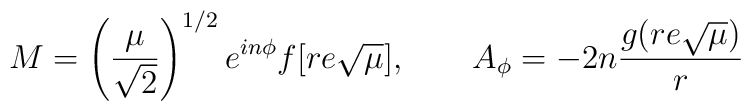
M=\left( \frac{\mu}{\sqrt{2}} \right) ^{1/2} e^{i n \phi} f[re \sqrt{\mu}], \qquad  A_{\phi}=-2 n \frac{g(r e \sqrt{\mu} )}{r}